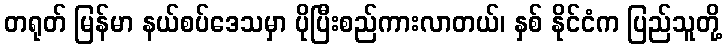
တရုတ် မြန်မာ နယ်စပ်ဒေသမှာ ပိုပြီးစည်ကားလာတယ်၊ နှစ် နိုင်ငံက ပြည်သူတို့